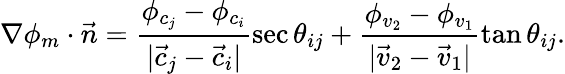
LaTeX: \nabla\phi_{m}\cdot\vec{n}=\frac{\phi_{c_{j}}-\phi_{c_{i}}}{|\vec{c}_{j}-\vec{c}_{i}|}\sec\theta_{ij}+\frac{\phi_{v_{2}}-\phi_{v_{1}}}{|\vec{v}_{2}-\vec{v}_{1}|}\tan\theta_{ij}.